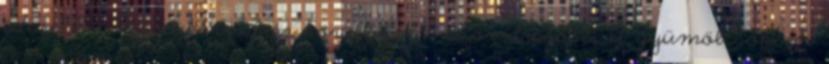
édesebb a répacukornál és körülbelül 8-szor drágább. A gyümölcsökben